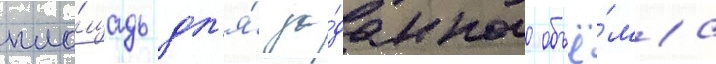
пло́щадь дл'я́ за́данного объё́ма